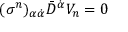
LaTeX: ( \sigma ^ { n } ) _ { \alpha \dot { \alpha } } \bar { D } ^ { \dot { \alpha } } V _ { n } = 0